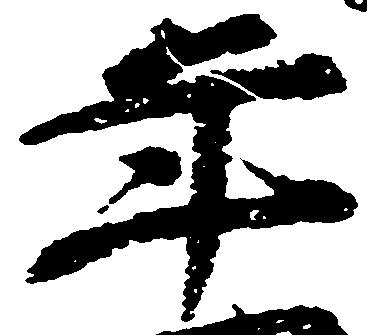
年